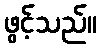
ဖွင့်သည်။